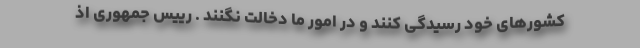
کشورهای خود رسیدگی کنند و در امور ما دخالت نگنند . رییس جمهوری اذ